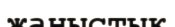
жаныстық